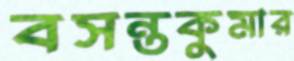
বসন্তকুমার